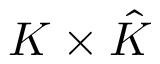
K \times { \hat { K } }